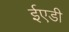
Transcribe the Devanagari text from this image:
ईएडी